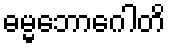
ဓမ္မဘောဂေါတိ